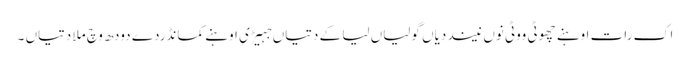
اک رات اوہنے چھوٹی ووٹی نوں نیند دیاں گولیاں لیا کے دتیاں جہیڑی اوہنے کمانڈردے دودھ وچ ملا دتیاں ۔